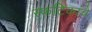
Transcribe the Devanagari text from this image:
स्फटिकांचे